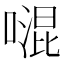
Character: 𠽞